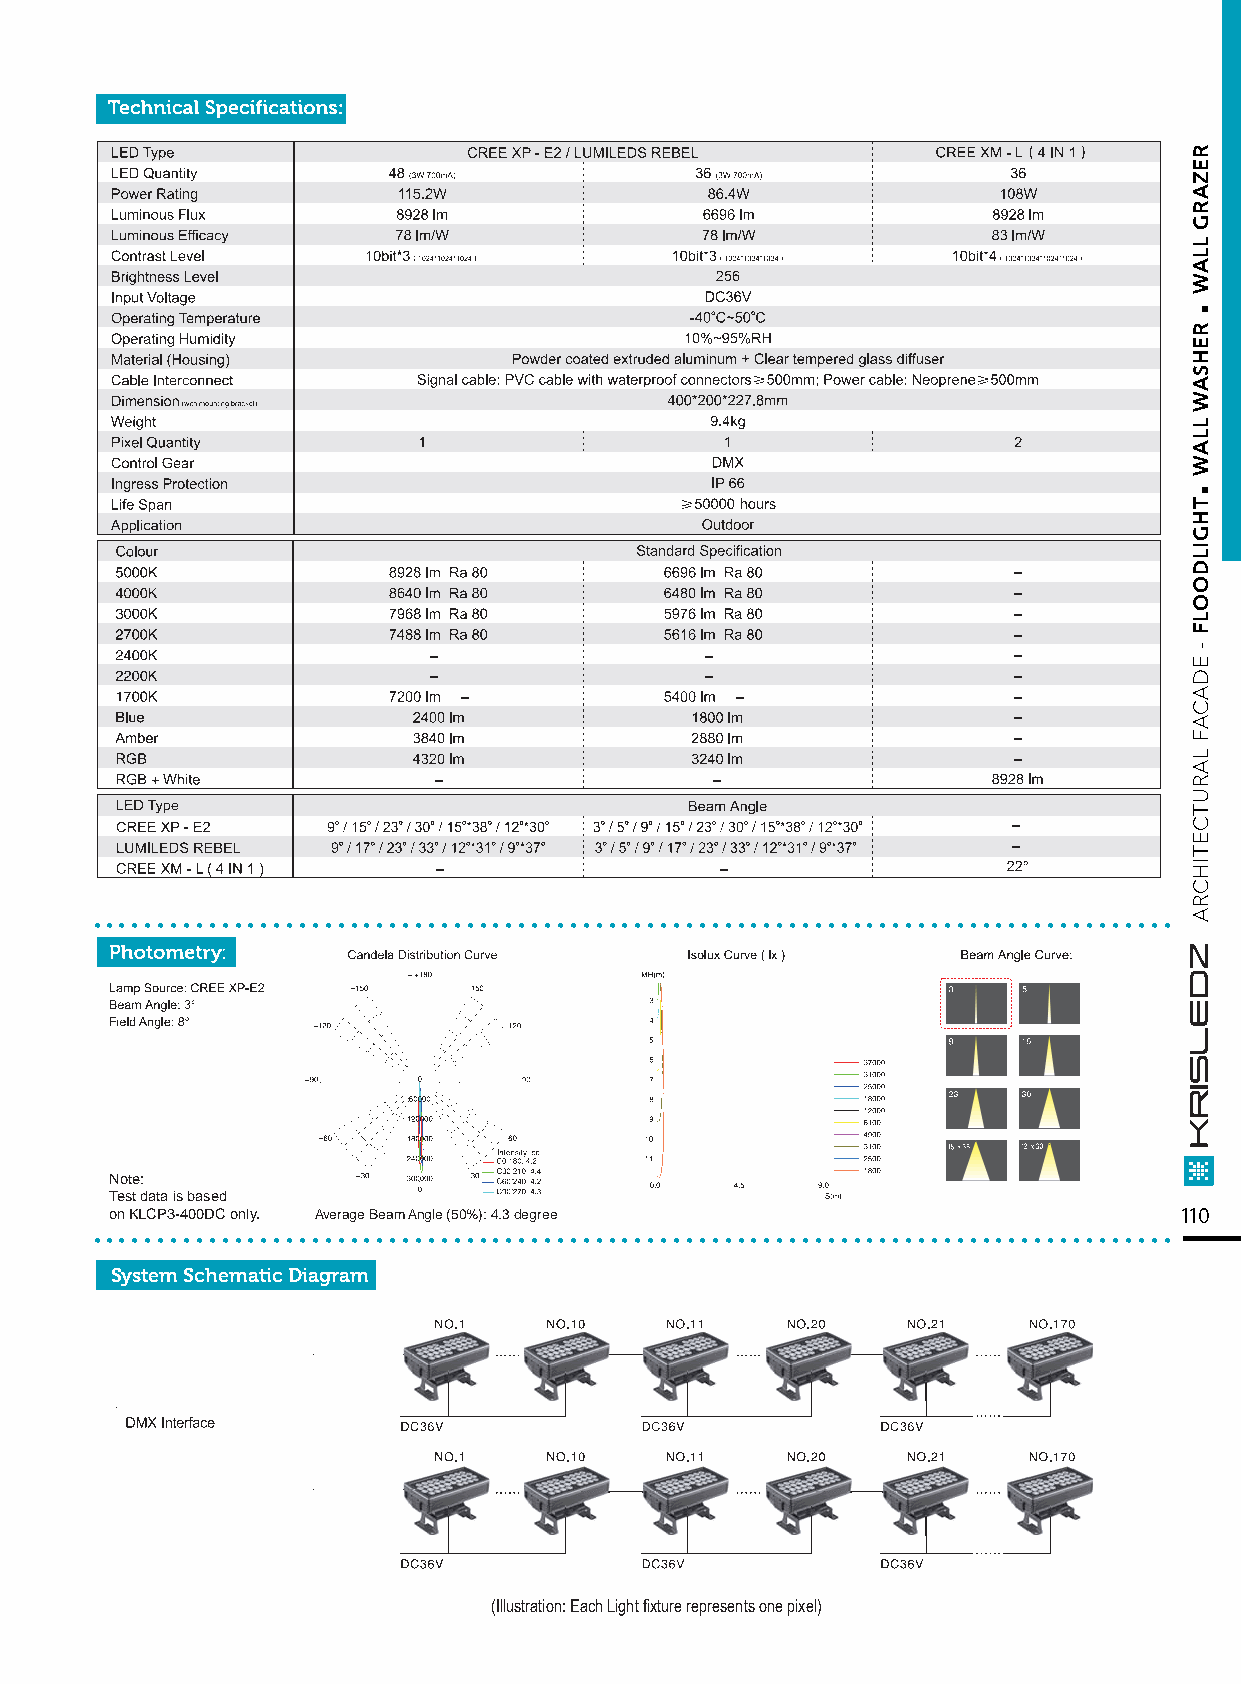
....................................................................................
 Note:
 Test data is based
 ..o.n K.L.C.P3.-4.0.0D.C. o.n.ly.. ....Av.e.ra.ge. B.ea.m. A.ng.le. (5.0.%.): .4.3. d.eg.re.e................................................ 110
 System Schematic Diagram
 (Illustration: Each Light fixture represents one pixel)
 .
 .
 REZARG
 LLAW
 REHSAW
 LLAW
 THGILDOOLF
 -
 EDACAF
 LARUTCETIHCRA